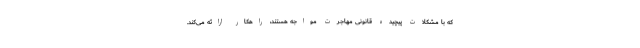
که با مشکلات پیچیده قانونی مهاجرت مواجه هستند، راهکار ارائه می‌کند.